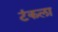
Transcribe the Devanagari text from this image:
टंकला